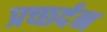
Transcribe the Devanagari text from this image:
प्रच्छर्दन